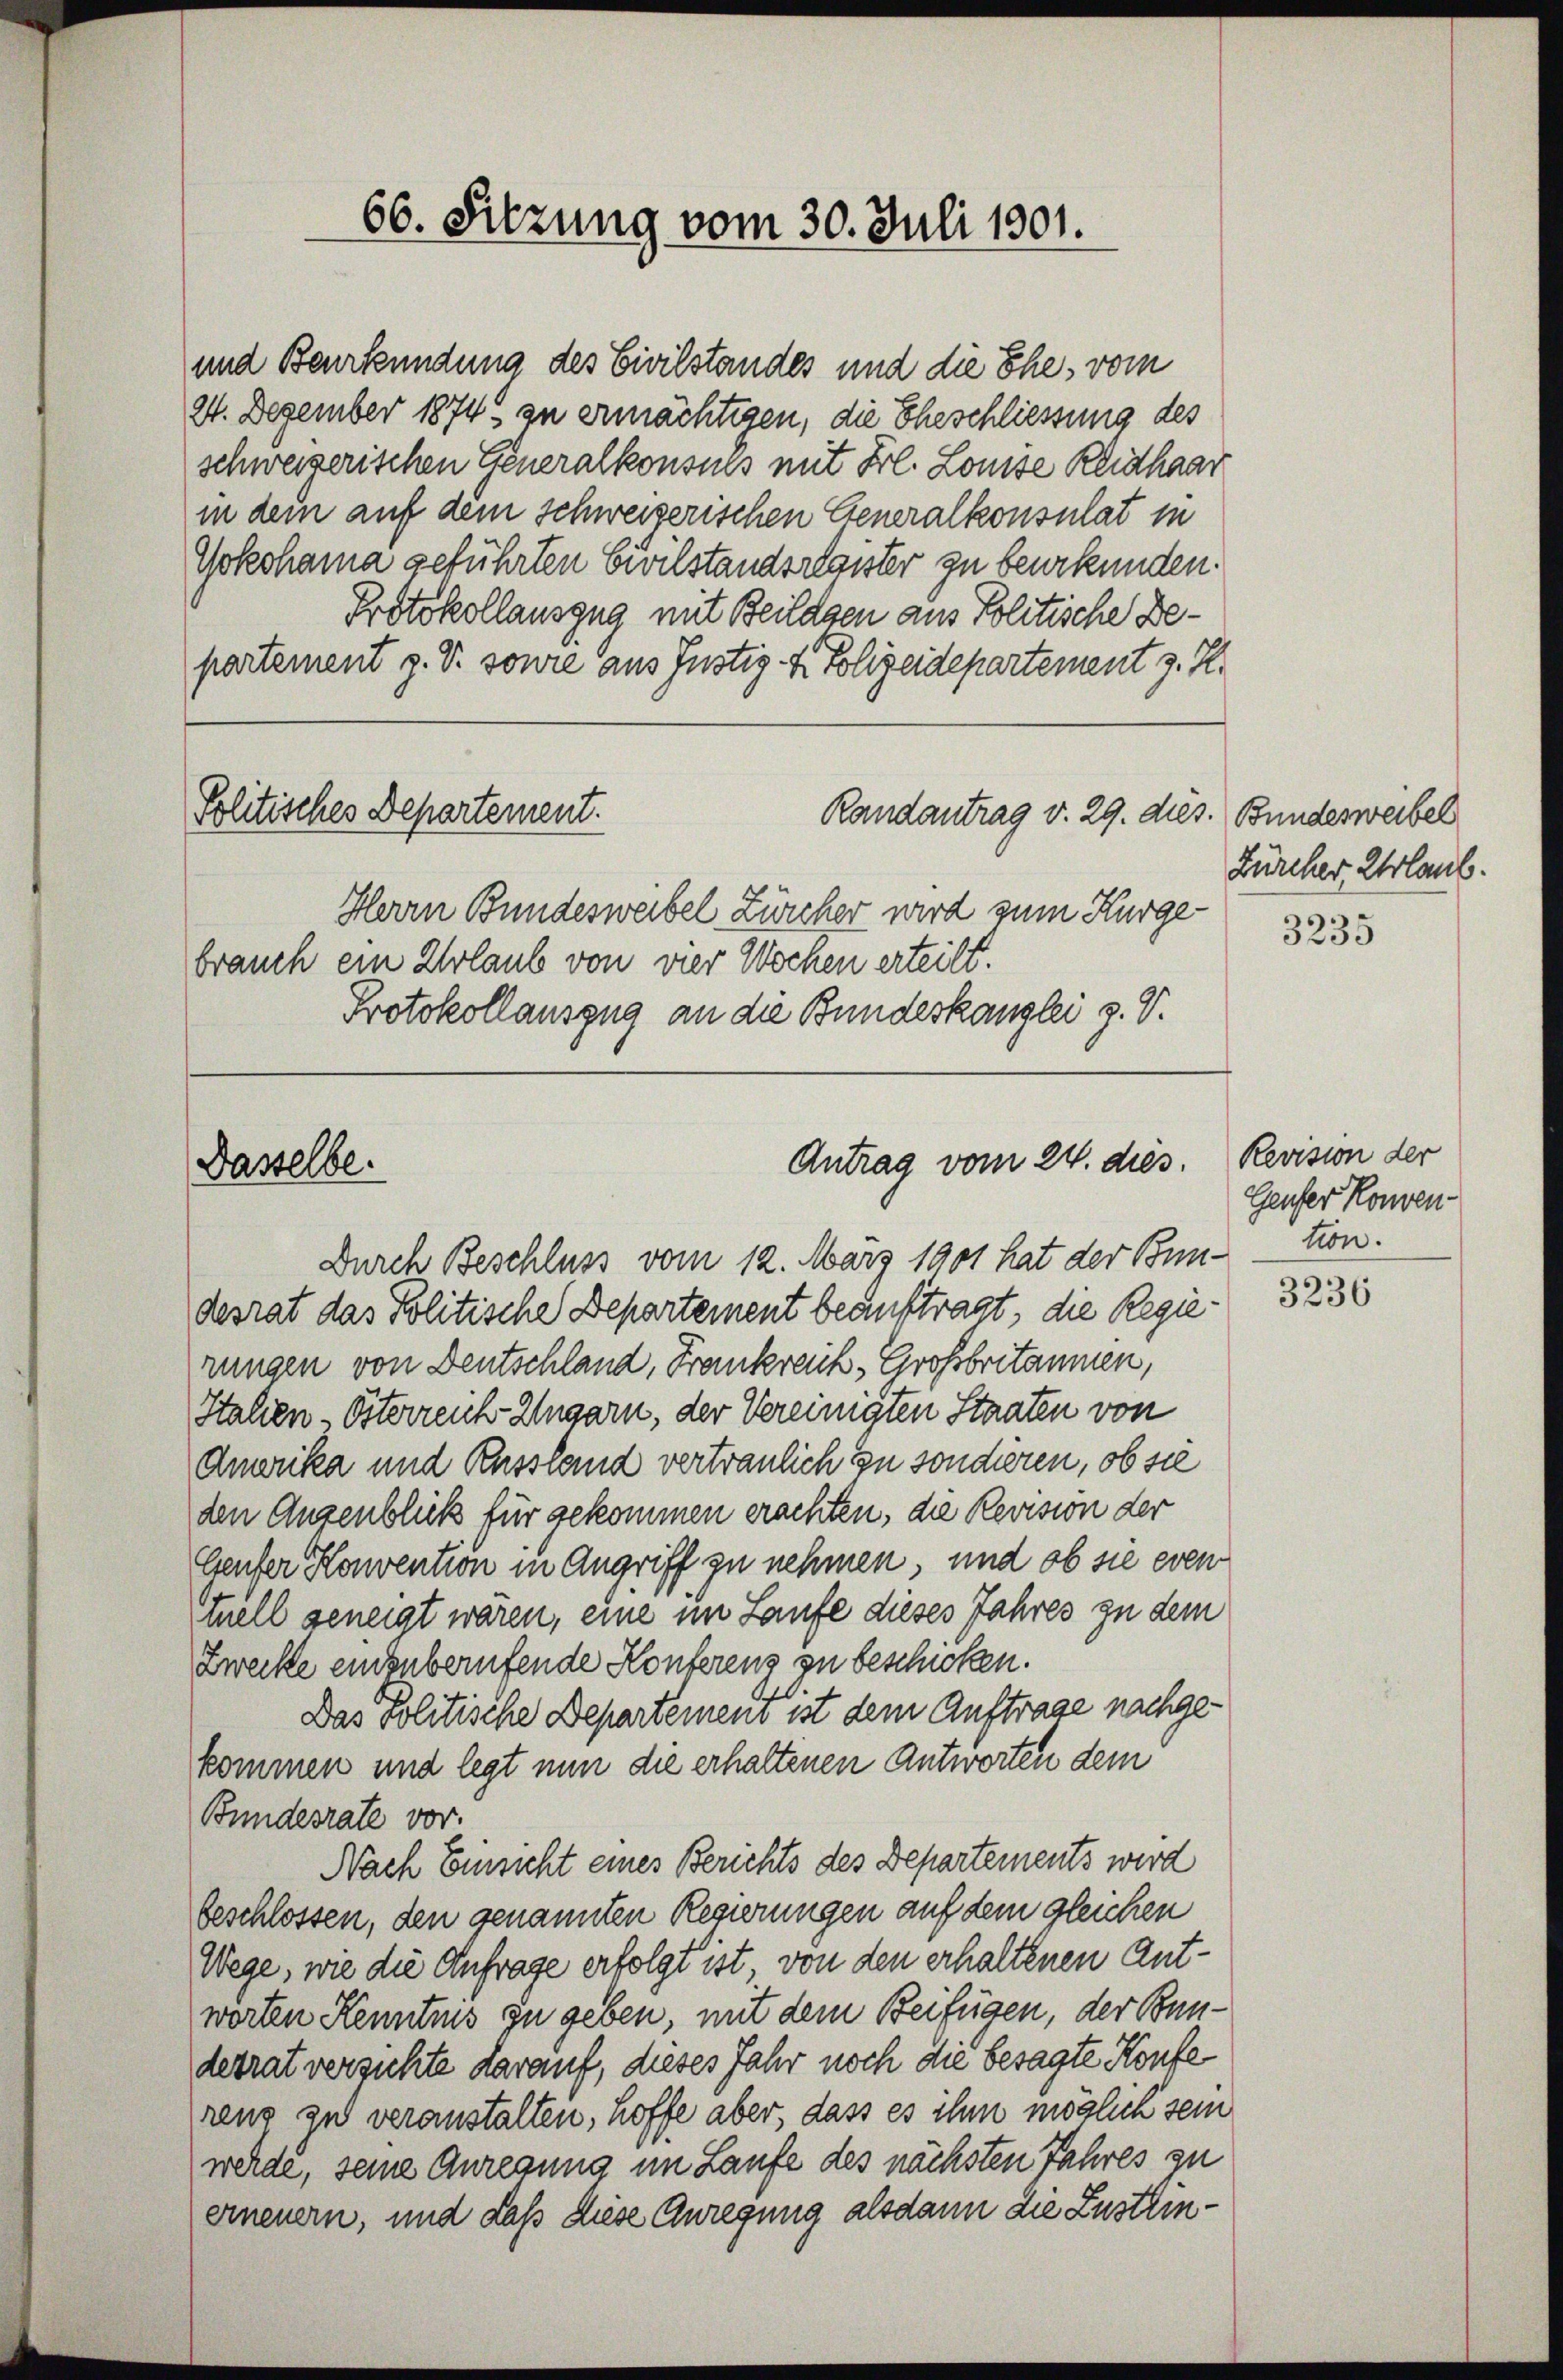
und Beurkundung des Civilstandes und die Ehe, vom
24. Dezember 1874 zu ermächtigen, die Eheschliessung des
schweizerischen Generalkonsuls mit Frl. Louise Kleidhaar
in dem auf dem Schweizerischen Generalkonsulat in
Yokohama geführten Civilstandsregister zu beurkunden.
Protokollauszug mit Beilagen aus Politische Bepartement z. S. sowie aus Justiz- & Polizeidepartement z. R.
Politisches Departement.
Randantrag v. 29. dies. Bundesweibel
Herrn Bundesweibel Zürcher wird zum Kurgebrauch ein Urlaub von vier Wochen erteilt.
Protokollauszug an die Bundeskanzlei z. V.

Dasselbe.

66. Sitzung vom 30. Juli 1901.

desrat das Politische Departement beauftragt, die Regierungen von Deutschland, Frankreich-Großbritannen,
Italien Österreich-Ungarn, der Vereinigten Staaten von
Amerika und Russland vertraulich zu sonderen, ob sie
den Augenblick für gekommen erachten, die Revision der
Geufer Konvention in Angriff zu nehmen, und ob sie even
tuell geneigt waren, eine im Laufe dieses Jahres zu dem
Zwecke einzuberufende Konferenz zu beschicken.
Das Politische Departeien ist dem Auftrage nachgekommen und legt nun die erhaltenen Antworten dem
Bundesrate vor.
Nach Einsicht eines Berichts des Departements wird
beschlossen, den genannten Regierungen auf dem gleichen
Wege, wie die Anfrage erfolgt ist, von den erhaltenen Antworten Kenntnis zu geben, mit dem Beifügen, der Bunderrat versichte darauf, dieses Jahr noch die besagte Konfe
rens zu veranstalten, hoffe aber, dass es ihm möglich sein
werde, seine Anregung im Laufe des nächsten Jahres zu
erneuern, und daß diese Anregung alsdann die Zustrin¬

Antrag vom 24. dies
Durch Beschluss vom 12. März 1901 hat der Bun¬

Zürcher Urlaub.
3235

Revision der
Geufer Konven
tion.

3236